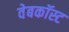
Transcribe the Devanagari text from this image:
वेबकॉस्ट